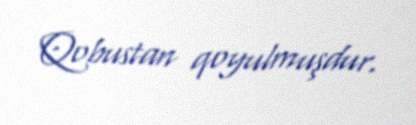
Qobustan qoyulmuşdur.